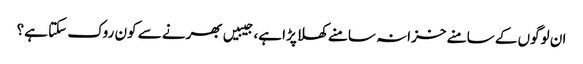
ان لوگوں کے سامنے خزانہ سامنے کھلا پڑا ہے، جیبیں بھرنے سے کون روک سکتا ہے؟